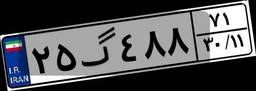
۲۵گ۴۸۸۷۱